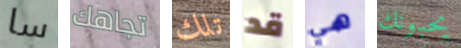
سا تجاهك تلك قد هي يحبونك